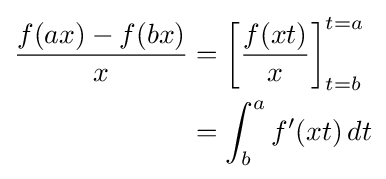
{\begin{aligned}{\frac {f(ax)-f(bx)}{x}}&=\left[{\frac {f(xt)}{x}}\right]_{t=b}^{t=a}\,\\&=\int _{b}^{a}f'(xt)\,dt\\\end{aligned}}